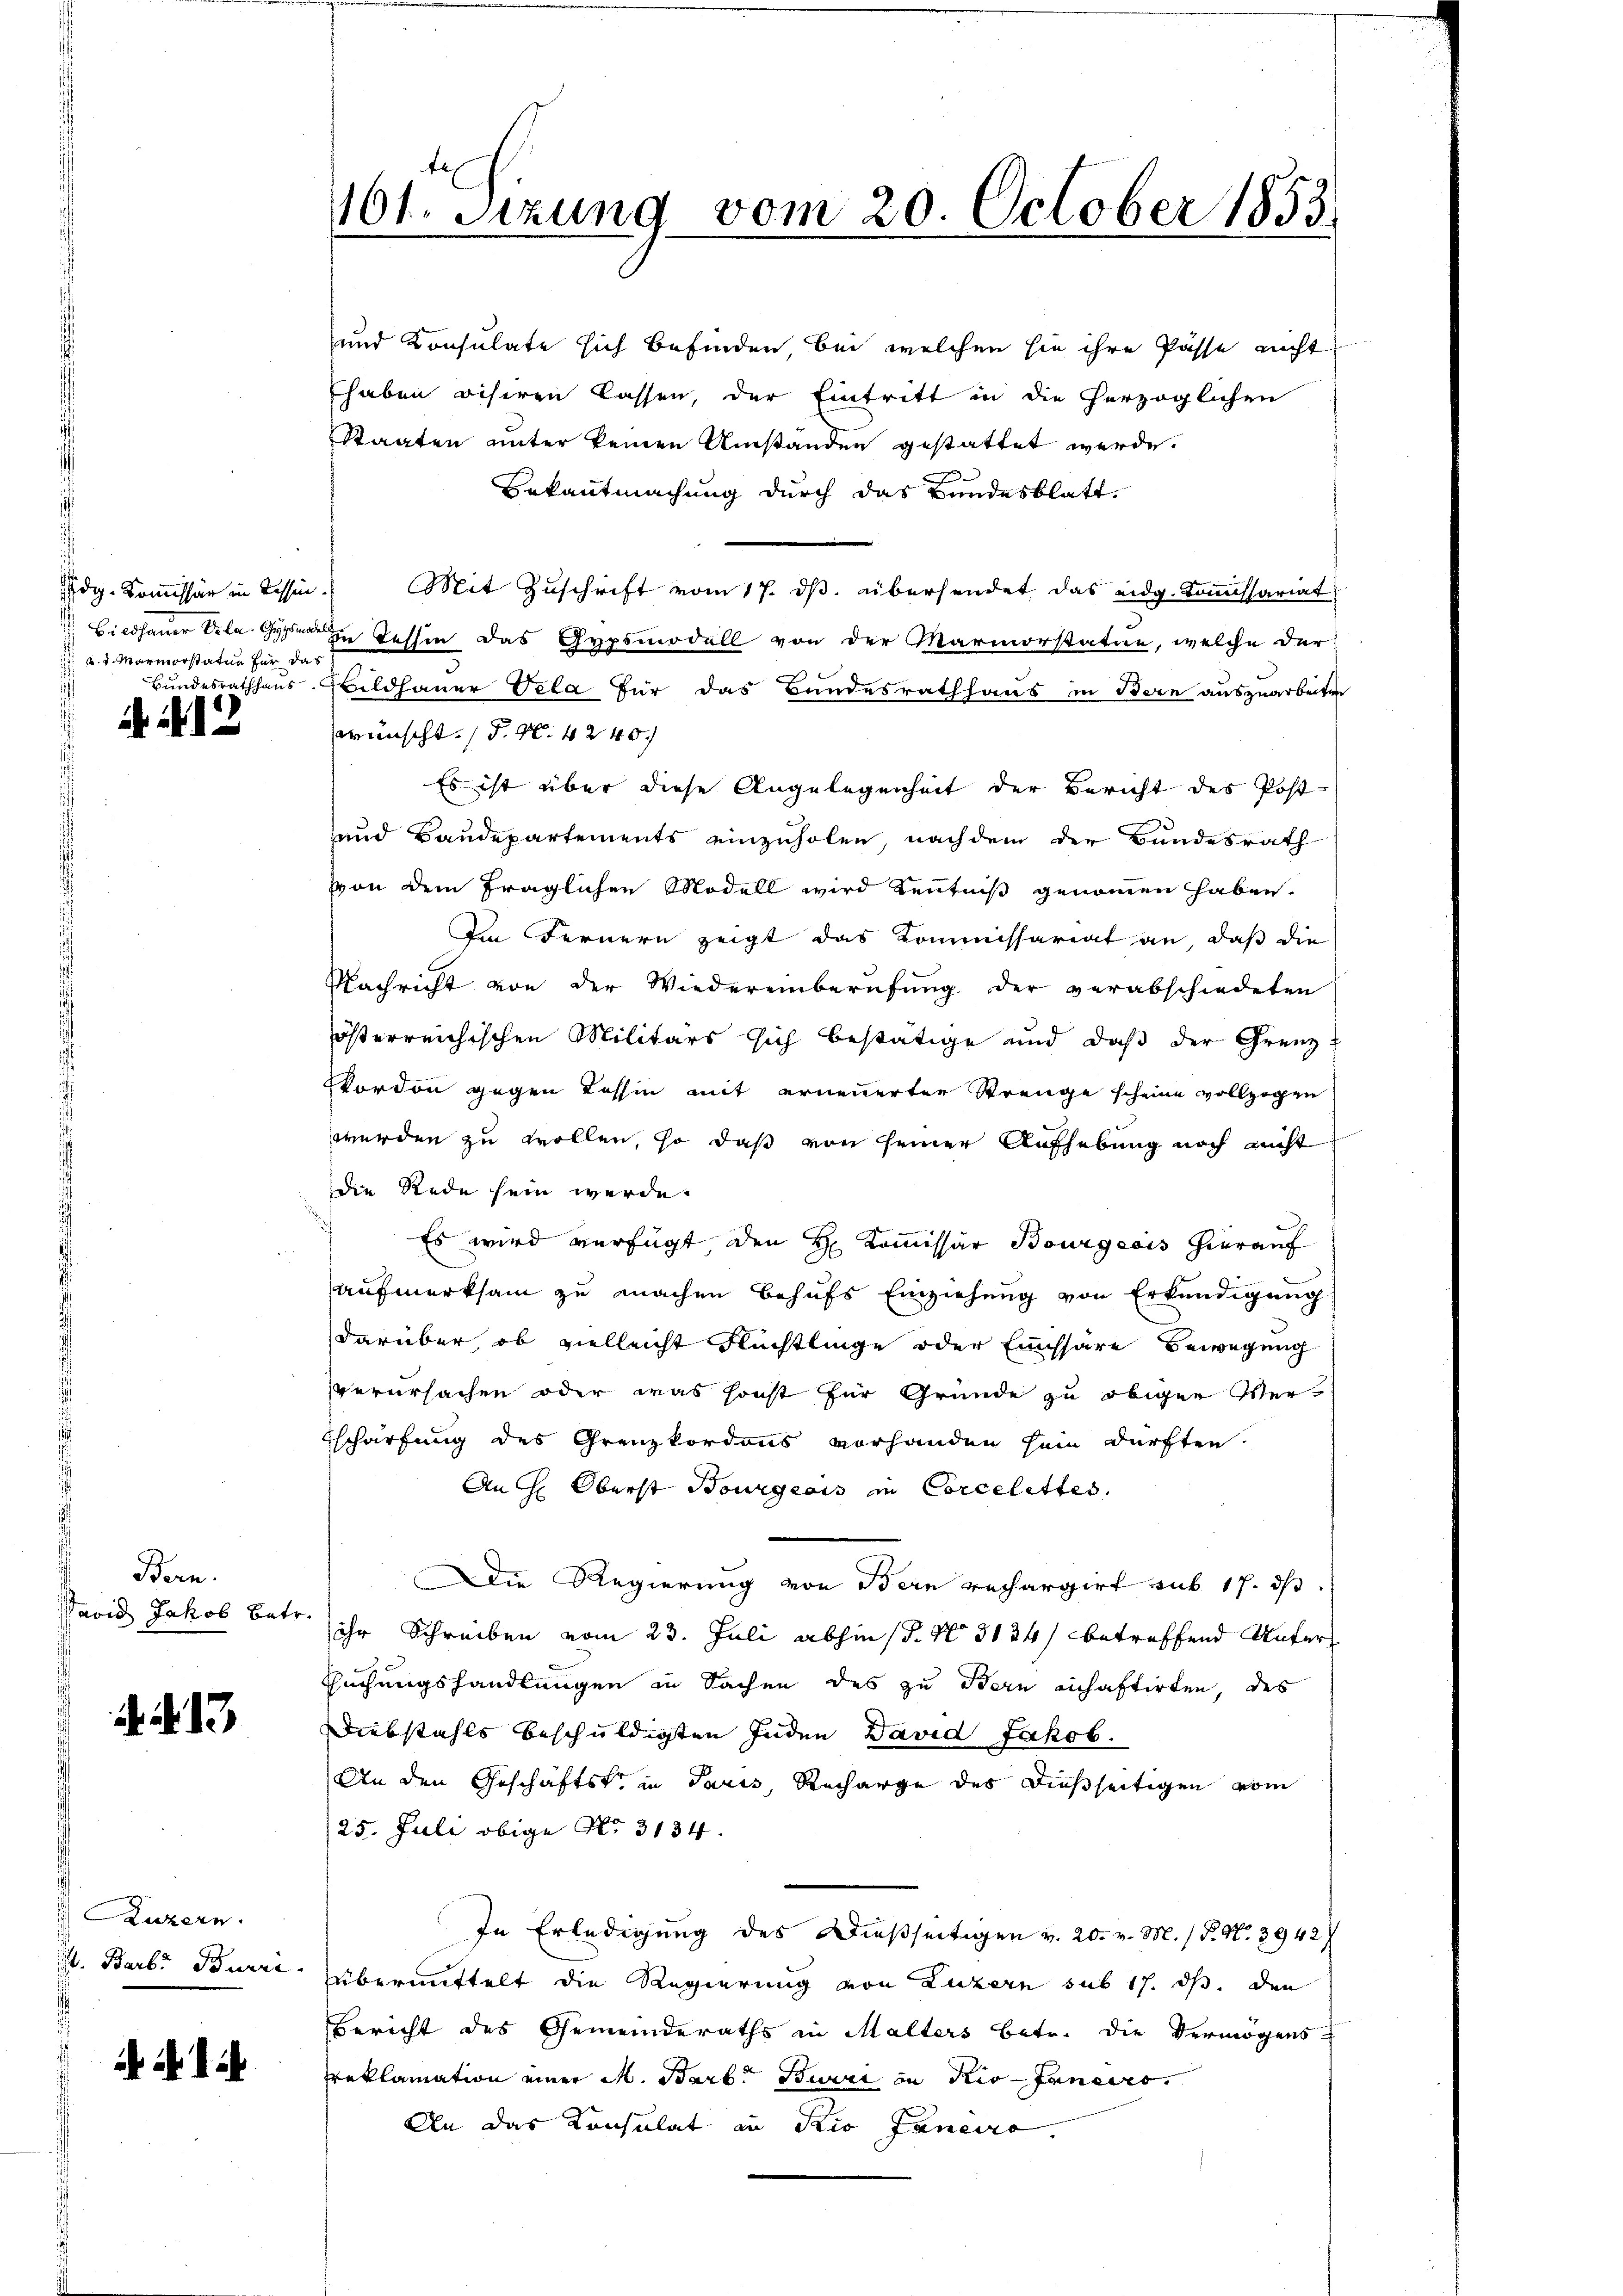
. a. d. Marmorstatue für das

2

Bern.
avid Jakob Betr.

. N. 13

) Luzern.
. Barb. Burri

haben visiren lassen, der Eintritt in die herzoglichen
Staaten unter keinen Umstanden gestattet werde.
Bekanntmachung durch das Bundesblattdg. Kommissär in Tessin. Mit Zuschrift vom 17. ds. übersendet, das eidg. Kommissariat
Bildhauer Dela ein Tessin das Gypsmodall von der Marmorstatue, welche der
Bundesrathhaus. Bildhauer Vela für das Bundesrathhaus in Bern auszuarbeiten
wünscht. (T. N. 4240.
Es ist über diese Angelegenheit der Bericht des Post
und Baudepartements einzuholen, nachdem der Bundesrath
von dem fraglichen Modell wird Kenntniß genommen haben.
Im Fernern zeigt das Kommissariat an, daß die
Nachricht von der Wiedereinberufung der verabschiedeten
österreichischen Militärs sich bestätige und daß der Grenz
Vordon gegen Tessin mit erneuerten Strenge scheine vollzogen:
werden zu wollen, so daß von seiner Aufhebung noch nicht
die Rede sein werde.
Es wird verfügt, den H. Kommissär Bourgeois hierauf
Aufmerksam zu machen behufs Einziehung von Erkundigung
darüber, ob vielleicht Flüchtlinge oder Einssäre Bewegung
verursachen oder was sonst für Gründe zu obigen Ver¬
Eschärfung des Grenzkordons vorhanden sein dürften.
An H: Oberst Bourgeois in Corcelittes.
Die Regierung von Bern rechargirt aus 17. ds.
ihr Schreiben vom 23. Juli abhin (§. No 3124) betreffend Untersuchungshandlungen in Sachen des zu Bern einhaftirten, des
Diebstahls beschuldigten Inden David Jakob.
An den Geschäftst in Paris, Recharge des dießseitigen vom
25. Juli obige No. 3134.
In Erledigung des Dießseitigen v. 20. v. M. / P. N. 3942
übermittelt die Regierung von Luzern sub 17. ds. den
Bericht des Gemeinderaths in Malters betr. die Vermögens-
reklamation einer M. Barb. Burri in Rio-Janeiro
An das Konsulat in Rio Faneiro.

161. Sizung vom 20. October 1853

und Konsulate sich befinden, bei welchen sie ihre Pässe nicht